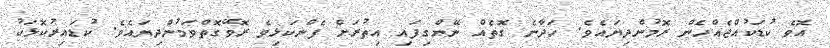
އޮވެ ކުޑަކުއްޖެއްހެން ރޮމުންދިޔައެވެ. ހަދާނެ ގޮތެއް ނޭންގިފައި އިތުރަށް ފެންކަޅިވެ ރޮވޭގޮތްވަމުންދިޔައެވެ. ކުޑައިރުކޮޅަކު